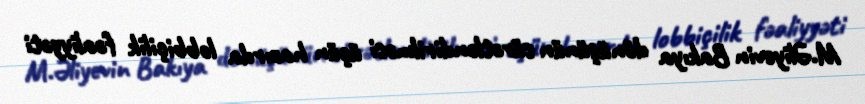
M.Əliyevin Bakıya dönüşünün sürətləndirilməsi üçün hazırda lobbiçilik fəaliyyəti